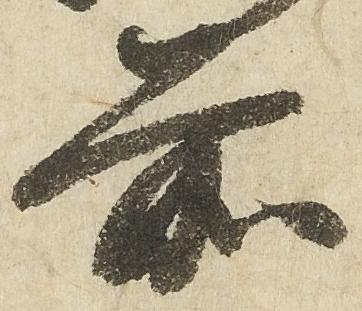
前